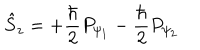
LaTeX: \hat { S } _ { z } = + \frac { \hbar } 2 P _ { \psi _ { 1 } } - \frac { \hbar } 2 P _ { \psi _ { 2 } }